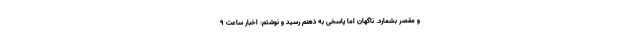
و مقصر بشمارد. ناگهان اما پاسخی به ذهنم رسید و نوشتم: اخبار ساعت 9